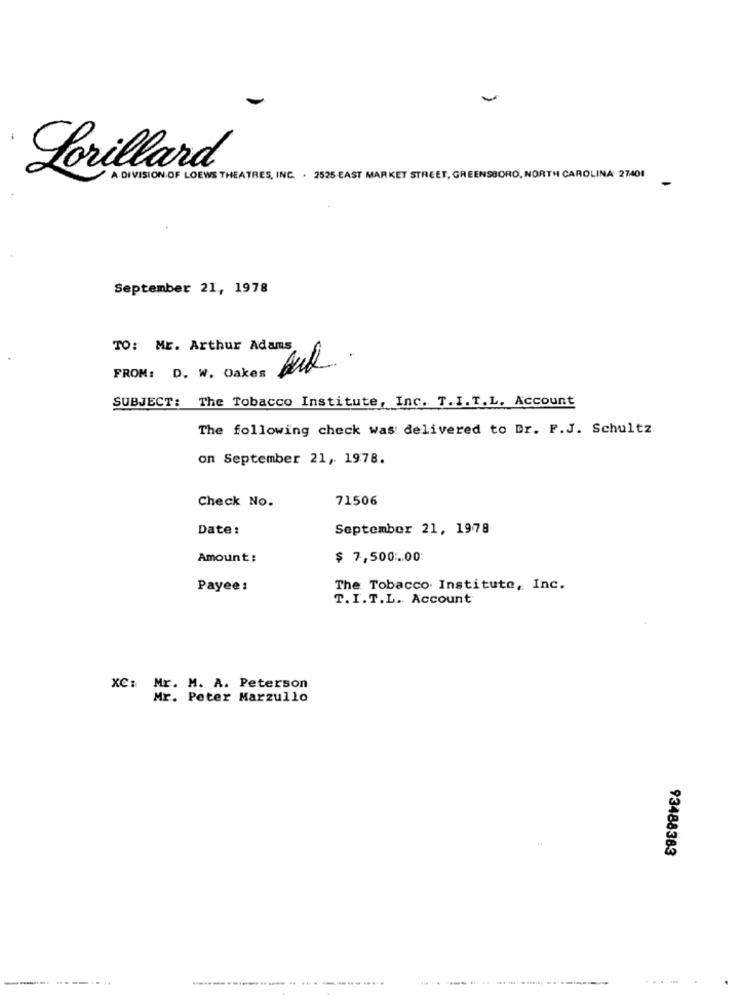
Lorillard
A DIVISION OF LOEWS THEATRES, INC. . 2525-EAST MARKET STREET, GREENSBORO, NORTH CAROLINA 27401
September 21, 1978
TO: Mr. Arthur Adams
FROM: D. W. Oakes
SUBJECT: The Tobacco Institute, Inc. T.I.T.L. Account
The following check was delivered to Dr. F.J. Schultz.
on September 21, 1978.
Check No.
71506
Date:
September 21, 1978
Amount:
$ 7,500 :. 00
Payee:
The Tobacco Institute, Inc.
T.I.T.L. Account
XC: Mr. M. A. Peterson
Mr. Peter Marzullo
93488383
----- ----..